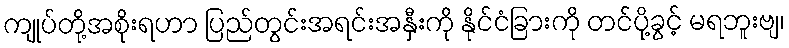
ကျုပ်တို့အစိုးရဟာ ပြည်တွင်းအရင်းအနှီးကို နိုင်ငံခြားကို တင်ပို့ခွင့် မရဘူးဗျ၊